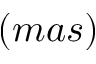
( m a s )